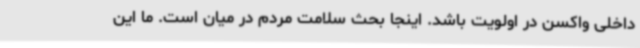
داخلی واکسن در اولویت باشد. اینجا بحث سلامت مردم در میان است. ما این